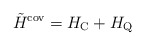
\begin{align*}\tilde{H}^{\mbox{\rm\scriptsize cov}} =H_{\mbox{\rm\scriptsize C}} + H_{\mbox{\rm\scriptsize Q}}\end{align*}